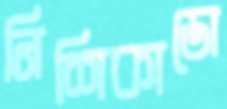
নিশিকাডো